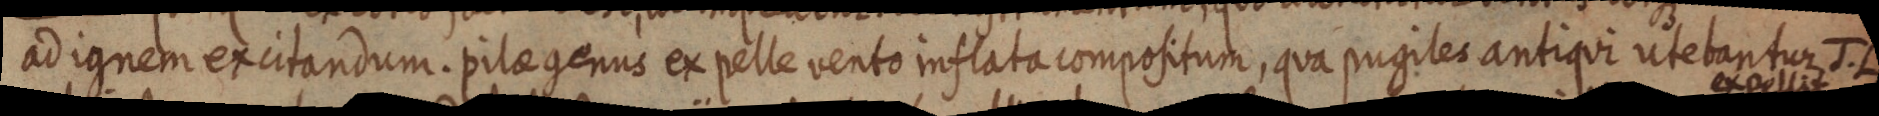
ad ignem excitandum. pilae genus ex pelle vento inflata compositum, qua pugiles antiqui utebantur J. L